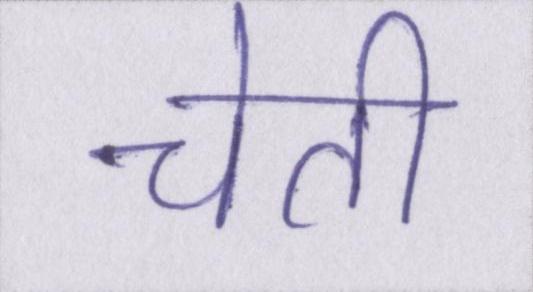
चेती